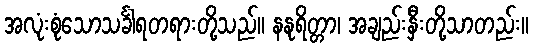
အလုံးစုံသောသင်္ခါရတရားတို့သည်။ နနုရိတ္တာ၊ အချည်းနှီးတို့သာတည်း။